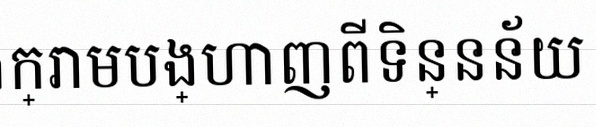
តារាងខាងក្រោមបង្ហាញពីទិន្នន័យ